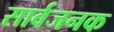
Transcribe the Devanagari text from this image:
सार्वजनक